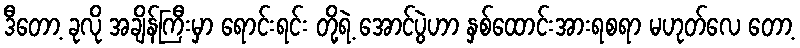
ဒီတော့ ခုလို အချိန်ကြီးမှာ ရောင်းရင်း တို့ရဲ့ အောင်ပွဲဟာ နှစ်ထောင်းအားရစရာ မဟုတ်လေ တော့